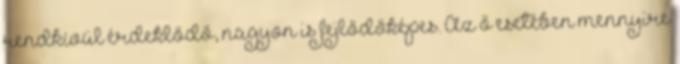
rendkívül érdeklődő, nagyon is fejlődőképes. Az ő esetében mennyire